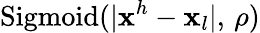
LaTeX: \mathrm{Sigmoid}(|\mathbf{x}^{h}-\mathbf{x}_{l}|,\, \rho)